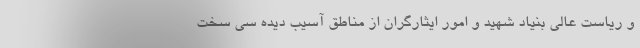
و ریاست عالی بنیاد شهید و امور ایثارگران از مناطق آسیب دیده سی سخت